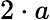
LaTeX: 2\cdot a